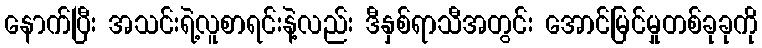
နောက်ပြီး အသင်းရဲ့လူစာရင်းနဲ့လည်း ဒီနှစ်ရာသီအတွင်း အောင်မြင်မှုတစ်ခုခုကို